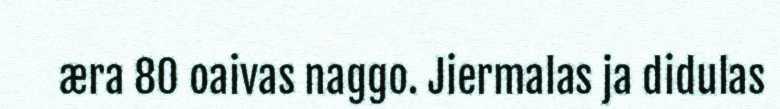
æra 80 oaivas naggo. Jiermalas ja didulas